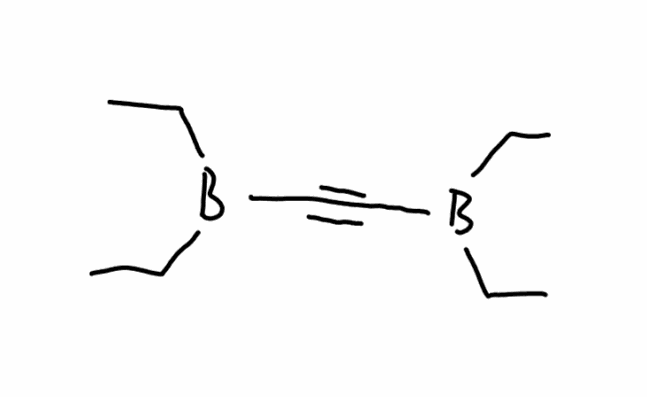
Simplified molecular-input line-entry system (SMILES) notation of the given molecule:
B(CC)(CC)C#CB(CC)CC